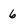
Character: 6